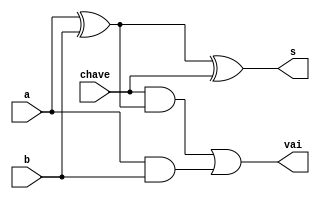
// ------------------------- 
// Exemplo0031 - 
// Nome: Yousef Otacilio 
// ------------------------- 
// ------------------------- 
// exemplo 0031
// ------------------------- 
module fullAdder (output s,output vai, input a, input b, input chave); 

wire s1,s2,s3;

and and1 (s1, a, b);
xor xor1 (s2, a, b);
and and2 (s3, chave, s2);
xor xor2 (s, s2, chave);
or or1 (vai, s3, s1); 
 
 
endmodule // fullAdder 


module ex31 (output [2:0] s, output ov, input [2:0] a, input [2:0] b, input chave);

wire w1, w2;
wire s1,s2,s3,s4,s5;

xor x1 (s1, b[0], chave);
xor x2 (s2, b[1], chave);
xor x3 (s3, b[2], chave);


fullAdder f1 (s[0], w1, a[0], s1, chave);
fullAdder f2 (s[1], w2, a[1], s2, w1);
fullAdder f3 (s[2], s5, a[2], s3, w2);

xor x4 (ov, s5, chave);

endmodule

module teste; 
// ------------------------- definir dados 
reg [2:0]x; 
reg [2:0]y; 
reg chave; 

wire [2:0] soma;
wire over;

ex31 modulo(soma, over, x, y, chave);

// ------------------------- parte principal 
initial begin 
$display("Exemplo0031 - Yousef - 441714"); 
$display("Test ALU's Exemplo 31");

$monitor("x = %3b -- y = %3b chave = %1b Resultado = %4b Overfload = %1b ",x,y,chave, soma, over);


#1x = 3'b000; y = 3'b000; chave = 0;
#1x = 3'b000; y = 3'b001; chave = 0;
#1x = 3'b000; y = 3'b010; chave = 0;
#1x = 3'b000; y = 3'b011; chave = 0;
#1x = 3'b000; y = 3'b100; chave = 0;
#1x = 3'b000; y = 3'b101; chave = 0;
#1x = 3'b000; y = 3'b110; chave = 0;
#1x = 3'b000; y = 3'b111; chave = 0;
//-----------------------------------
#1x = 3'b000; y = 3'b000; chave = 1;
#1x = 3'b000; y = 3'b001; chave = 1;
#1x = 3'b000; y = 3'b010; chave = 1;
#1x = 3'b000; y = 3'b011; chave = 1;
#1x = 3'b000; y = 3'b100; chave = 1;
#1x = 3'b000; y = 3'b101; chave = 1;
#1x = 3'b000; y = 3'b110; chave = 1;
#1x = 3'b000; y = 3'b111; chave = 1;
//-----------------------------------
#1x = 3'b000; y = 3'b000; chave = 0;
#1x = 3'b001; y = 3'b000; chave = 0;
#1x = 3'b010; y = 3'b000; chave = 0;
#1x = 3'b011; y = 3'b000; chave = 0;
#1x = 3'b100; y = 3'b000; chave = 0;
#1x = 3'b101; y = 3'b000; chave = 0;
#1x = 3'b110; y = 3'b000; chave = 0;
#1x = 3'b111; y = 3'b000; chave = 0;
//------------------------------------
#1x = 3'b000; y = 3'b000; chave = 1;
#1x = 3'b001; y = 3'b000; chave = 1;
#1x = 3'b010; y = 3'b000; chave = 1;
#1x = 3'b011; y = 3'b000; chave = 1;
#1x = 3'b100; y = 3'b000; chave = 1;
#1x = 3'b101; y = 3'b000; chave = 1;
#1x = 3'b110; y = 3'b000; chave = 1;
#1x = 3'b111; y = 3'b000; chave = 1;



 
// projetar testes do somador complete 
end 
endmodule // test_fullAdder